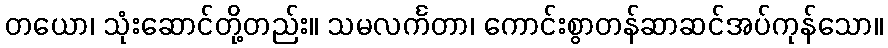
တယော၊ သုံးဆောင်တို့တည်း။ သမလင်္ကတာ၊ ကောင်းစွာတန်ဆာဆင်အပ်ကုန်သော။